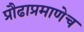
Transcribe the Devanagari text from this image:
प्रौढाप्रमाणेच